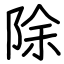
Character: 除